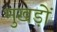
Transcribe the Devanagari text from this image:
मुखड़ों